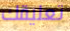
تعليقك